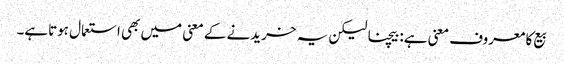
بیع کا معروف معنی ہے: بیچنا لیکن یہ خریدنے کے معنی میں بھی استعمال ہوتاہے۔